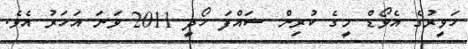
ހަވީރުގެ އެވޯޑް މީގެ ކުރިން ޝައްފަ ހޯދީ 2011 ވަނަ އަހަރު އެވެ.